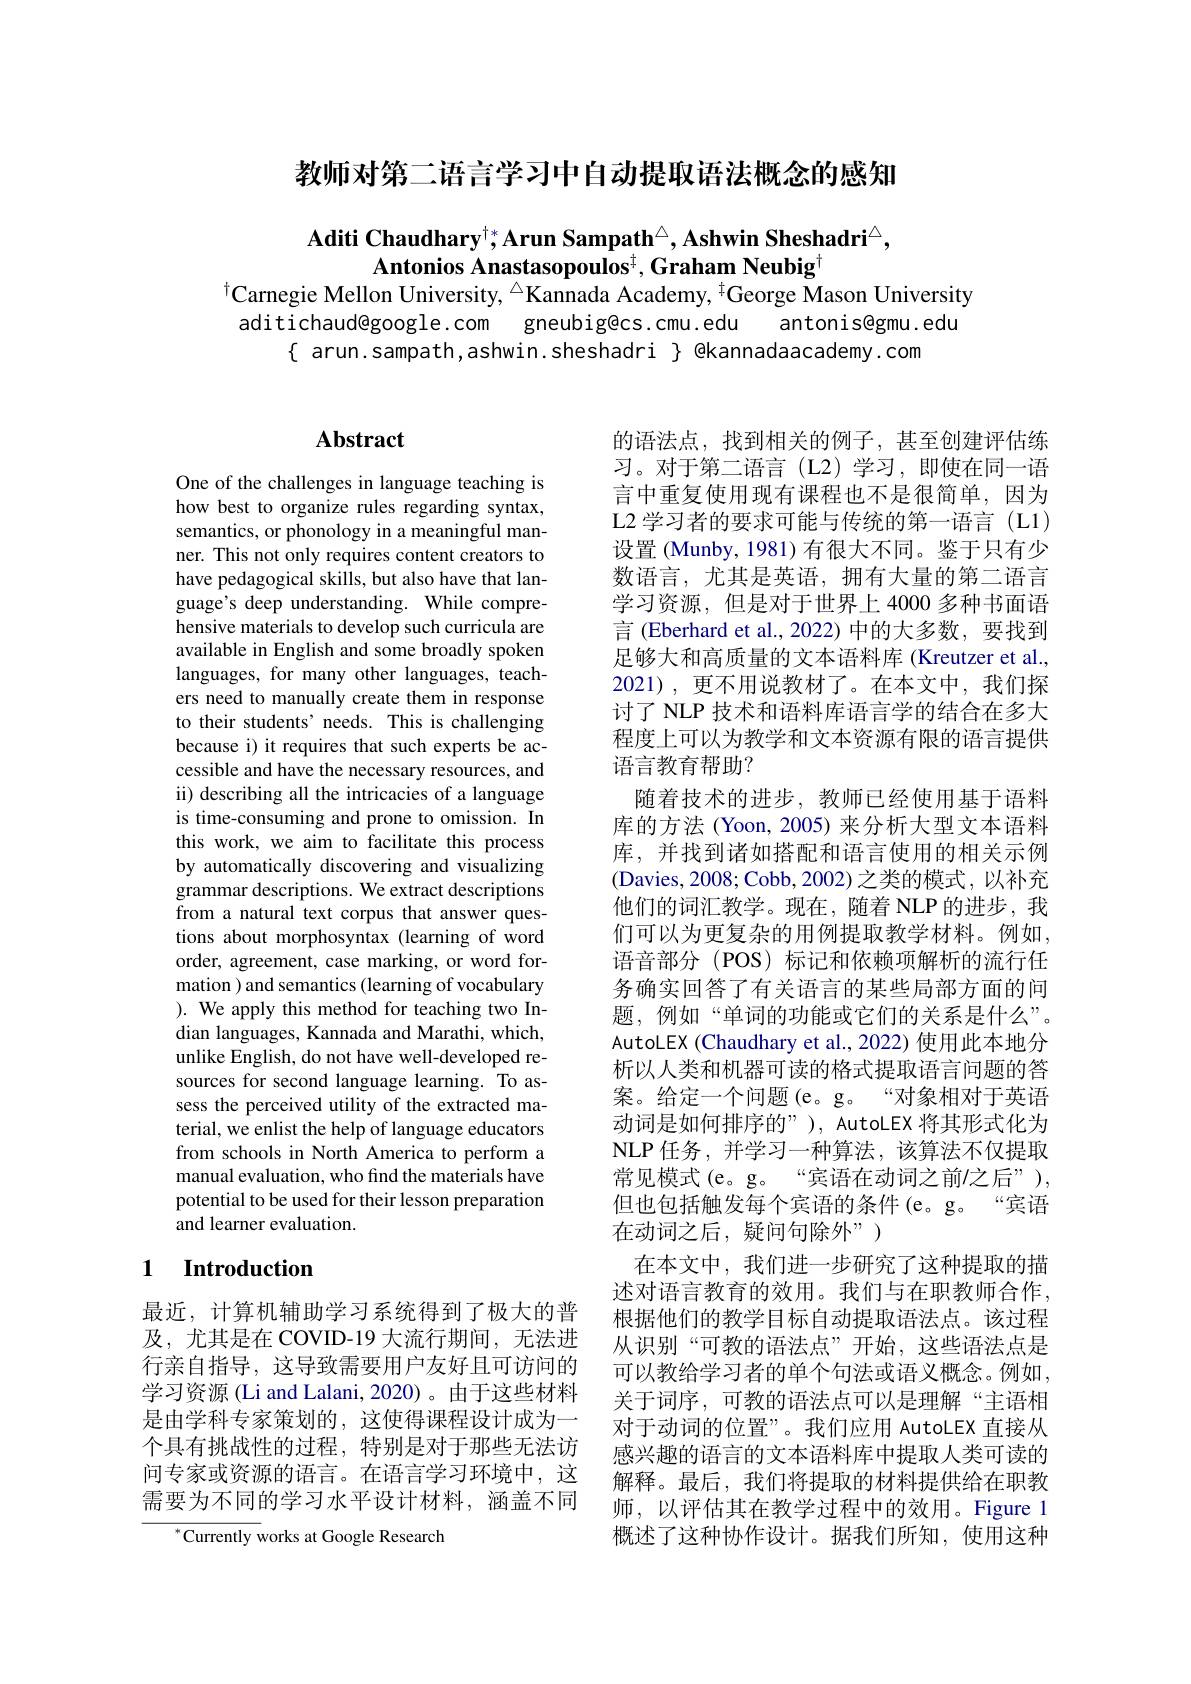
教师对第二语言学习中自动提取语法概念的感知

Aditi Chaudhary$^{\dagger*}$Arun Sampath$^\triangle,\textbf{Ashwin Sheshadri}^{\triangle}$,
Antonios Anastasopoulos$^{\mp},\textbf{Graham Neubig}^{\dagger}$
$^{\dagger}$Carnegie Mellon University, $^{\Delta}$Kannada Academy, $^{\dagger}$George $\bar{\text{Mason University}}$

aditichaud@google.com gneubig@cs.cmu.edu antonis@gmu.edu
$\{$ arun.sampath,ashwin.sheshadri $\}$ @kannadaacademy.com

# Abstract

One of the challenges in language teaching is how best to organize rules regarding syntax, semantics, or phonology in a meaningful manner. This not only requires content creators to have pedagogical skills, but also have that language's deep understanding. While comprehensive materials to develop such curricula are available in English and some broadly spoken languages, for many other languages, teachers need to manually create them in response to their students' needs. This is challenging because i) it requires that such experts be accessible and have the necessary resources, and ii) describing all the intricacies of a language is time-consuming and prone to omission. In this work, we aim to facilitate this process by automatically discovering and visualizing grammar descriptions. We extract descriptions from a natural text corpus that answer questions about morphosyntax (learning of word order, agreement, case marking, or word formation ) and semantics (learning of vocabulary ). We apply this method for teaching two Indian languages, Kannada and Marathi, which, unlike English, do not have well-developed resources for second language learning. To assess the perceived utility of the extracted material, we enlist the help of language educators from schools in North America to perform a manual evaluation, who find the materials have potential to be used for their lesson preparation and learner evaluation.

的语法点，找到相关的例子，甚至创建评估练习。对于第二语言(L2)学习，即使在同一语言中重复使用现有课程也不是很简单，因为L2 学习者的要求可能与传统的第一语言 (L1) 设置 (Munby, 1981) 有很大不同。鉴于只有少数语言，尤其是英语，拥有大量的第二语言学习资源，但是对于世界上 4000 多种书面语言 (Eberhard et al., 2022) 中的大多数，要找到足够大和高质量的文本语料库 (Kreutzer et al., 2021),更不用说教材了。在本文中，我们探讨了 NLP 技术和语料库语言学的结合在多大程度上可以为教学和文本资源有限的语言提供语言教育帮助？
随着技术的进步，教师已经使用基于语料库的方法(Yoon,2005)来分析大型文本语料库，并找到诸如搭配和语言使用的相关示例(Davies, 2008; Cobb, 2002) 之类的模式，以补充他们的词汇教学。现在，随着 NLP 的进步，我们可以为更复杂的用例提取教学材料。例如， 语音部分(POS)标记和依赖项解析的流行任务确实回答了有关语言的某些局部方面的问题，例如“单词的功能或它们的关系是什么”。AutoLEX (Chaudhary et al., 2022) 使用此本地分析以人类和机器可读的格式提取语言问题的答案。给定一个问题(e。g。“对象相对于英语动词是如何排序的”), AutoLEX 将其形式化为NLP 任务，并学习一种算法，该算法不仅提取常见模式(e。g。“宾语在动词之前/之后”), 但也包括触发每个宾语的条件(e。g。“宾语在动词之后，疑问句除外”)
在本文中，我们进一步研究了这种提取的描述对语言教育的效用。我们与在职教师合作， 根据他们的教学目标自动提取语法点。该过程从识别“可教的语法点”开始，这些语法点是可以教给学习者的单个句法或语义概念。例如， 关于词序，可教的语法点可以是理解“主语相对于动词的位置”。我们应用 AutoLEX 直接从感兴趣的语言的文本语料库中提取人类可读的解释。最后，我们将提取的材料提供给在职教师，以评估其在教学过程中的效用。Figure 1概述了这种协作设计。据我们所知，使用这种

## 1 Introduction

最近，计算机辅助学习系统得到了极大的普及，尤其是在 COVID-19 大流行期间，无法进行亲自指导，这导致需要用户友好且可访问的学习资源 (Li and Lalani, 2020)。由于这些材料是由学科专家策划的，这使得课程设计成为一个具有挑战性的过程，特别是对于那些无法访问专家或资源的语言。在语言学习环境中，这需要为不同的学习水平设计材料，涵盖不同

$^{*}$Currently works at Google Research